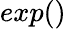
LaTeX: exp()